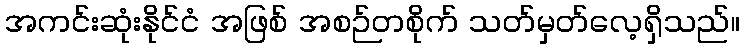
အကင်းဆုံးနိုင်ငံ အဖြစ် အစဉ်တစိုက် သတ်မှတ်လေ့ရှိသည်။